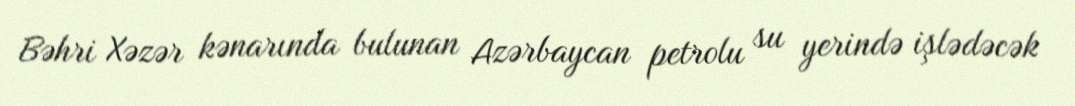
Bəhri Xəzər kənarında bulunan Azərbaycan petrolu su yerində işlədəcək